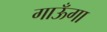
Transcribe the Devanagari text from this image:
गाऊँगा